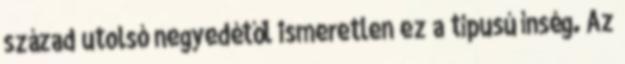
század utolsó negyedétől ismeretlen ez a típusú ínség. Az